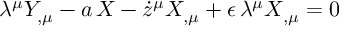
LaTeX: \lambda ^ { \mu } Y _ { , \mu } - a \, X - \dot { z } ^ { \mu } X _ { , \mu } + \epsilon \, \lambda ^ { \mu } X _ { , \mu } = 0